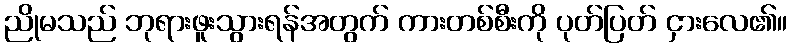
ညိုမသည် ဘုရားဖူးသွားရန်အတွက် ကားတစ်စီးကို ပုတ်ပြတ် ငှားလေ၏။